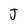
Character: J